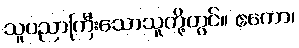
သူပညာကြီးသောသူတို့တွင်။ ဧကော၊